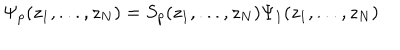
LaTeX: \Psi _ { p } ( z _ { 1 } , . . . , z _ { N } ) = S _ { p } ( z _ { 1 } , . . . , z _ { N } ) \Psi _ { 1 } ( z _ { 1 } , . . . , z _ { N } )